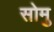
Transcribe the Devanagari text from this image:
सोमु